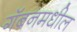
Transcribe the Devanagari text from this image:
गॅबनमधील